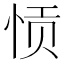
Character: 𫺌